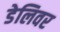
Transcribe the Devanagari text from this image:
डेलिवर